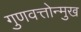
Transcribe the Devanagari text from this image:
गुणवत्तोन्मुख